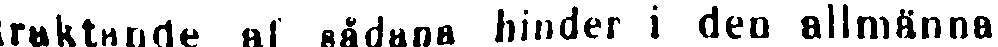
traktande al sådana hinder i den allmänna